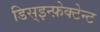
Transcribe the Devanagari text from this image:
डिस्इन्फ़ेक्टेन्ट